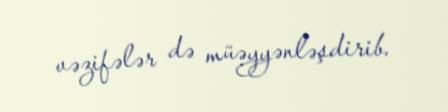
vəzifələr də müəyyənləşdirib.